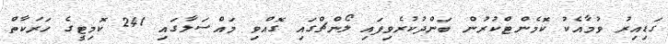
ގަޑިއިރު ވުމާއެކު ކޮމެންޓްކުރުން ބަންދުކުރެވިފައި ލޯންޗްގައި ގޮއްވި މައްސަލާގައި 241 ކޮމިޓީގެ ހަރަކާތް